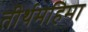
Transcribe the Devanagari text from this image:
तीर्थमहिमा